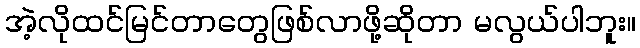
အဲ့လိုထင်မြင်တာတွေဖြစ်လာဖို့ဆိုတာ မလွယ်ပါဘူး။